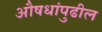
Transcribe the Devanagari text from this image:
औषधांपुढील